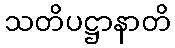
သတိပဋ္ဌာနာတိ